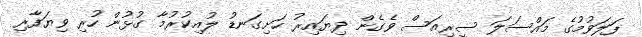
ފަލަވުމުގެ މައްސަލަ ސީރިއަސް ވެގެން ދިޔައިރު ހަށިގަނޑު ލުއިކުރުމާ ގުޅުން ހުރި ވިޔަފާރި